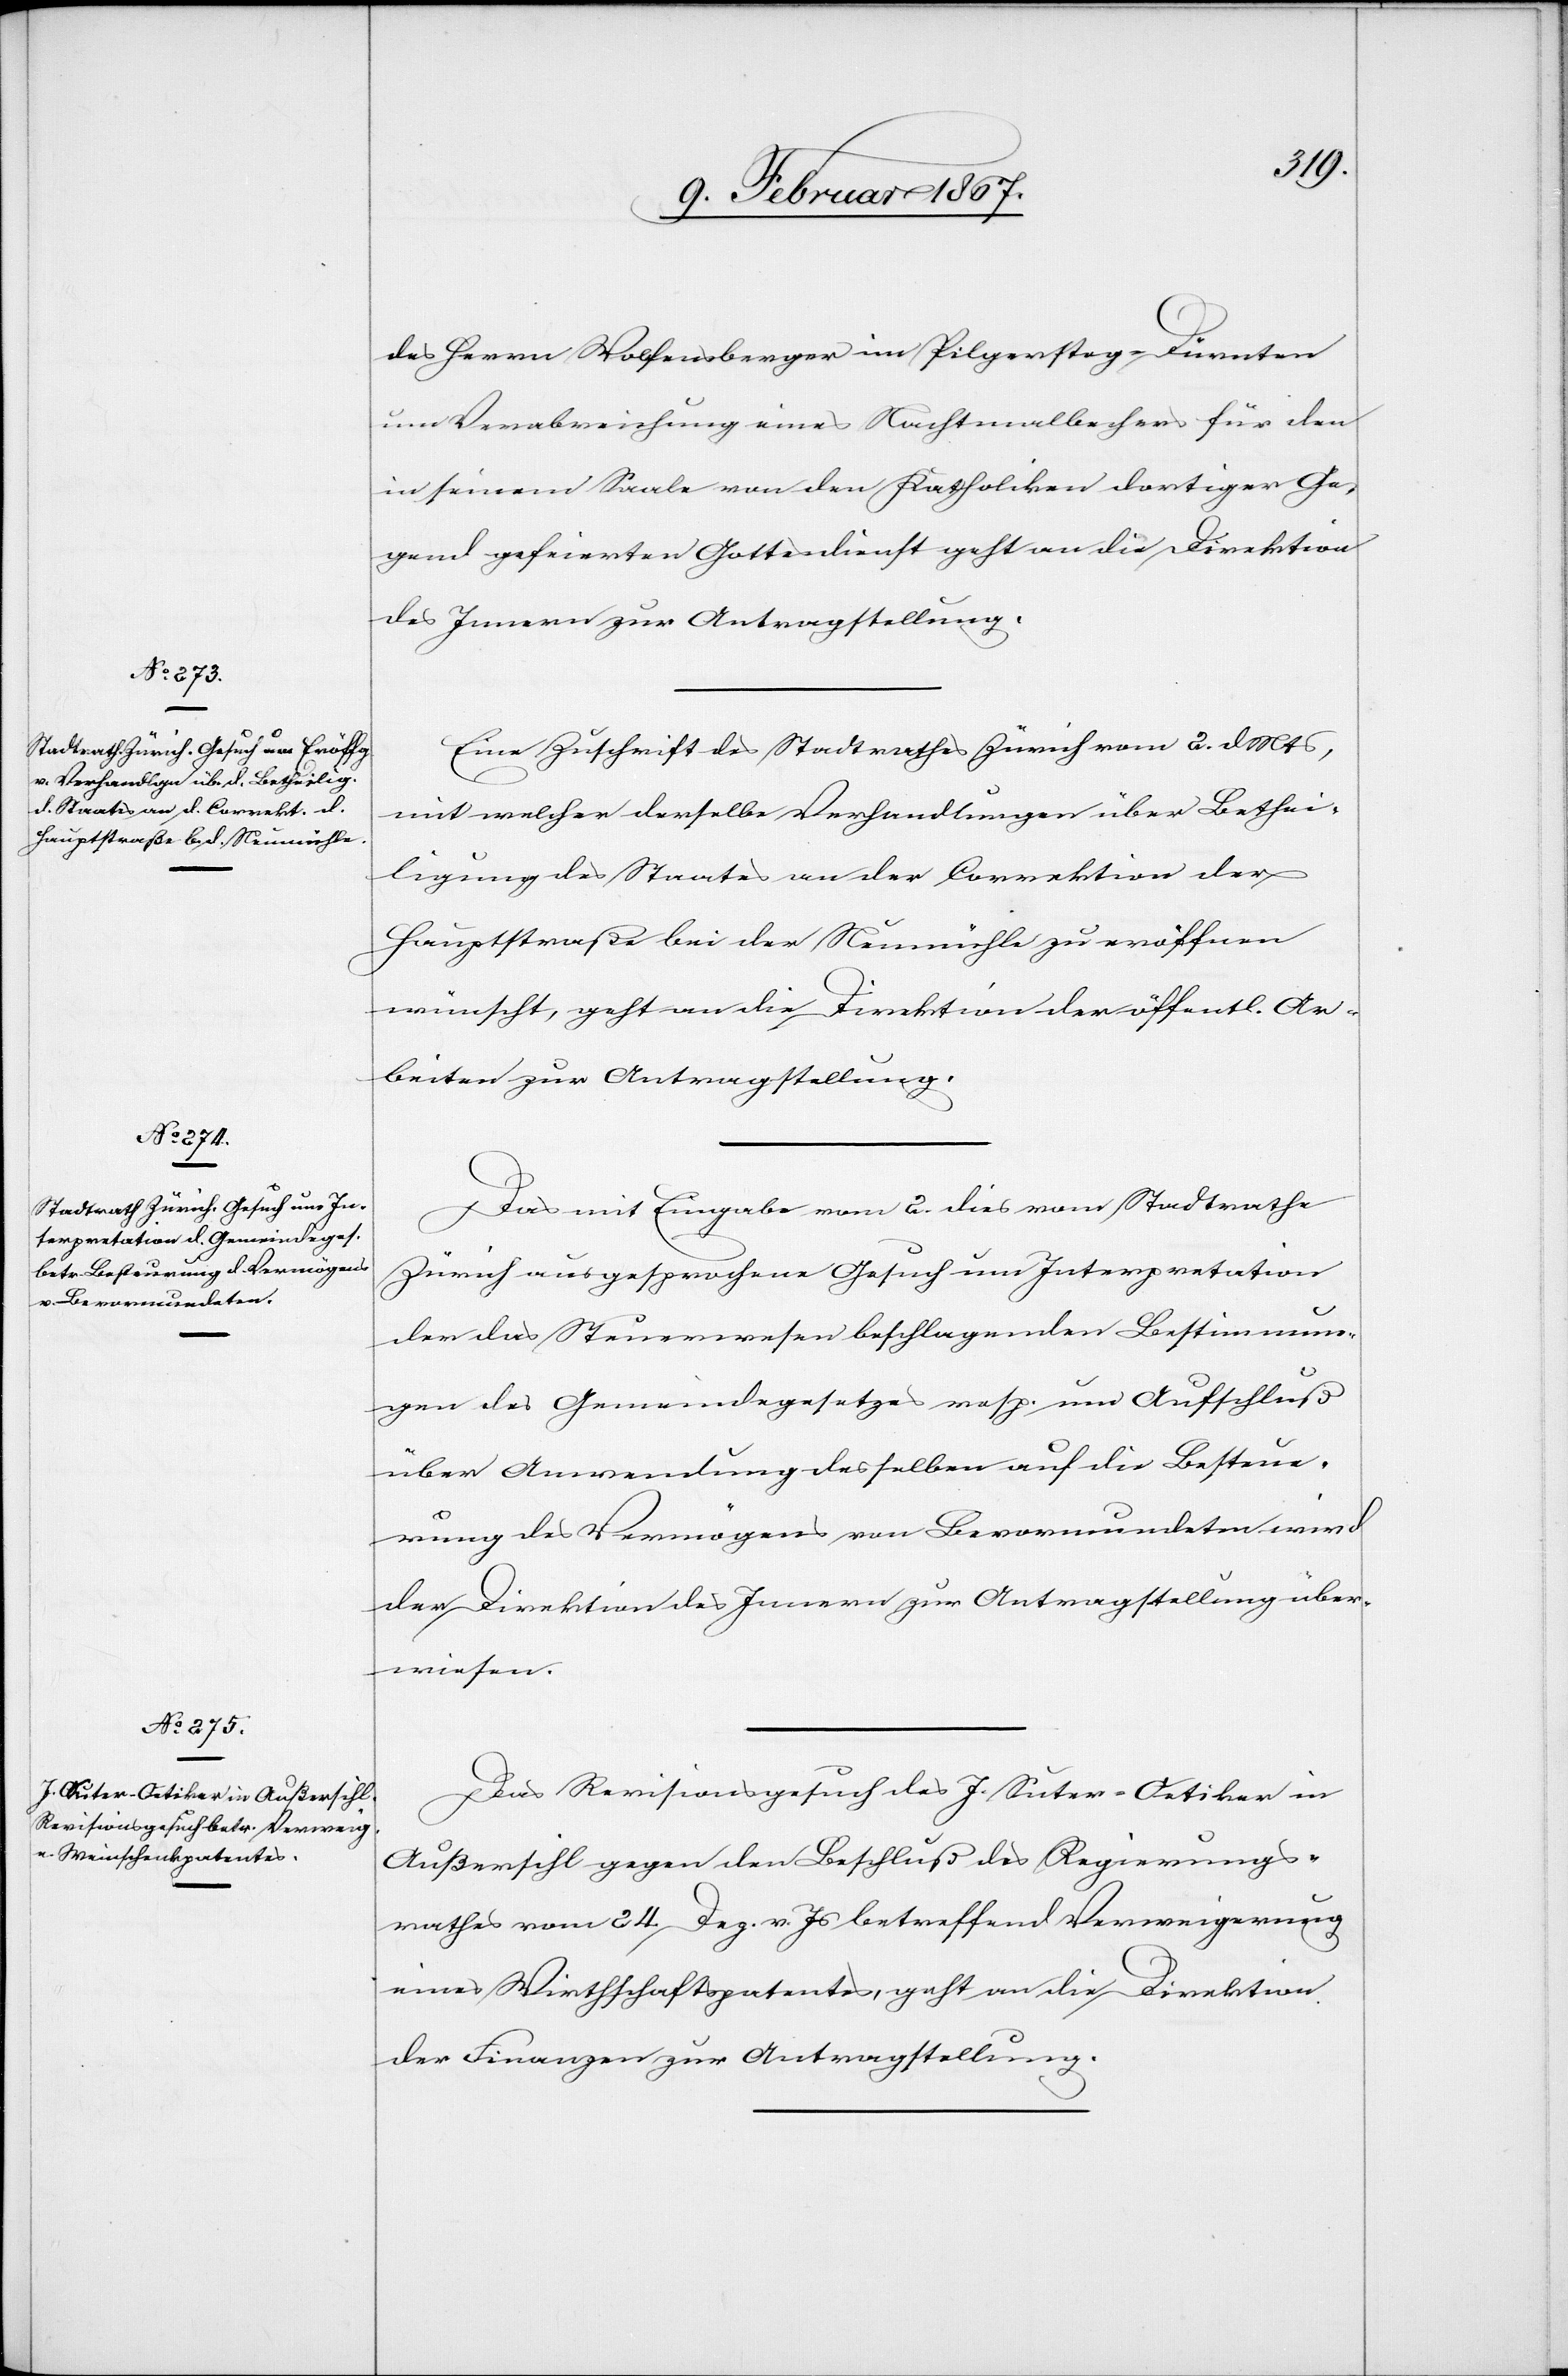
9. Februar 1867.]
des Herrn Wolfensberger in Pilgersteg-Dürnten
um Verabreichung eines Nachtmalbechers für den
in seinem Saale von den Katholiken dortiger Ge¬
gend gefeierten Gottesdienst geht an die Direktion
des Innern zur Antragstellung.
Eine Zuschrift des Stadtrathes Zürich vom 2. d. Mts,
mit welcher derselbe Verhandlungen über Bethei¬
ligung des Staates an der Correktion der
Hauptstraße bei der Neumühle zu eröffnen
wünscht, geht an die Direktion der öffentl. Ar¬
beiten zur Antragstellung.
Das mit Eingabe vom 2. dies vom Stadtrathe
Zürich ausgesprochene Gesuch um Interpretation
der das Steuerwesen beschlagenden Bestimmun¬
gen des Gemeindegesetzes resp. um Aufschluß
über Anwendung desselben auf die Besteue¬
rung des Vermögens von Bevormundeten wird
der Direktion des Innern zur Antragstellung über¬
wiesen.
Das Revisionsgesuch des J. Suter-Oetiker in
Außersihl gegen den Beschluß des Regierungs¬
rathes vom 24. Dez. v. Js betreffend Verweigerung
eines Wirthschaftspatentes, geht an die Direktion
der Finanzen zur Antragstellung.